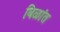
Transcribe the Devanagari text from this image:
बिळांत